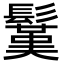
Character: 𩮽